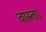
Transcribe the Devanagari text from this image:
वास्ता।